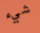
شيء